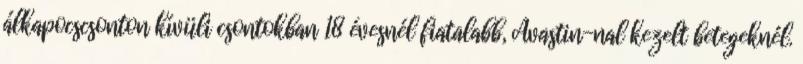
álkapocscsonton kívüli csontokban 18 évesnél fiatalabb, Avastin-nal kezelt betegeknél.